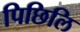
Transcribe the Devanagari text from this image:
पिछिलि